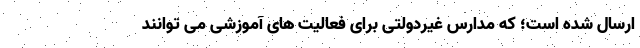
ارسال شده است؛ که مدارس غیردولتی برای فعالیت های آموزشی می توانند